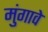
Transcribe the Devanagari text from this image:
मुंगावे